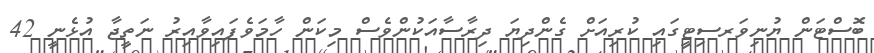
ބޮސްޓަން ޔުނިވަރސިޓީގައި ކުރިއަށް ގެންދިޔަ ދިރާސާއަކުންވެސް މިކަން ހާމަވެފައިވާއިރު ނަތީޖާ އުޅެނީ 42